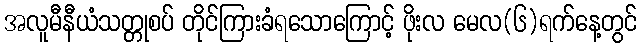
အလူမီနီယံသတ္တုစပ် တိုင်ကြားခံရသောကြောင့် ဖိုးလ မေလ(၆)ရက်နေ့တွင်